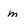
Character: m